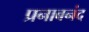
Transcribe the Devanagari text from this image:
प्रनाबनंद